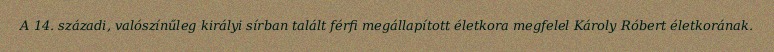
A 14. századi, valószínűleg királyi sírban talált férfi megállapított életkora megfelel Károly Róbert életkorának.